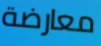
معارضة